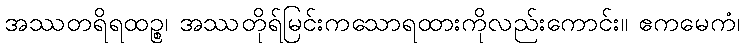
အဿတရိရထဉ္စ၊ အဿတိုရ်မြင်းကသောရထားကိုလည်းကောင်း။ ဧကမေကံ၊